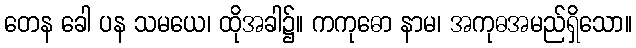
တေန ခေါ ပန သမယေ၊ ထိုအခါ၌။ ကကုဓော နာမ၊ အကုဓအမည်ရှိသော။